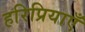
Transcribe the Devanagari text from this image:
हरिप्रियाएँ